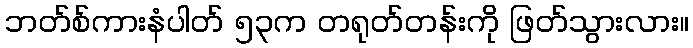
ဘတ်စ်ကားနံပါတ် ၅၃က တရုတ်တန်းကို ဖြတ်သွားလား။